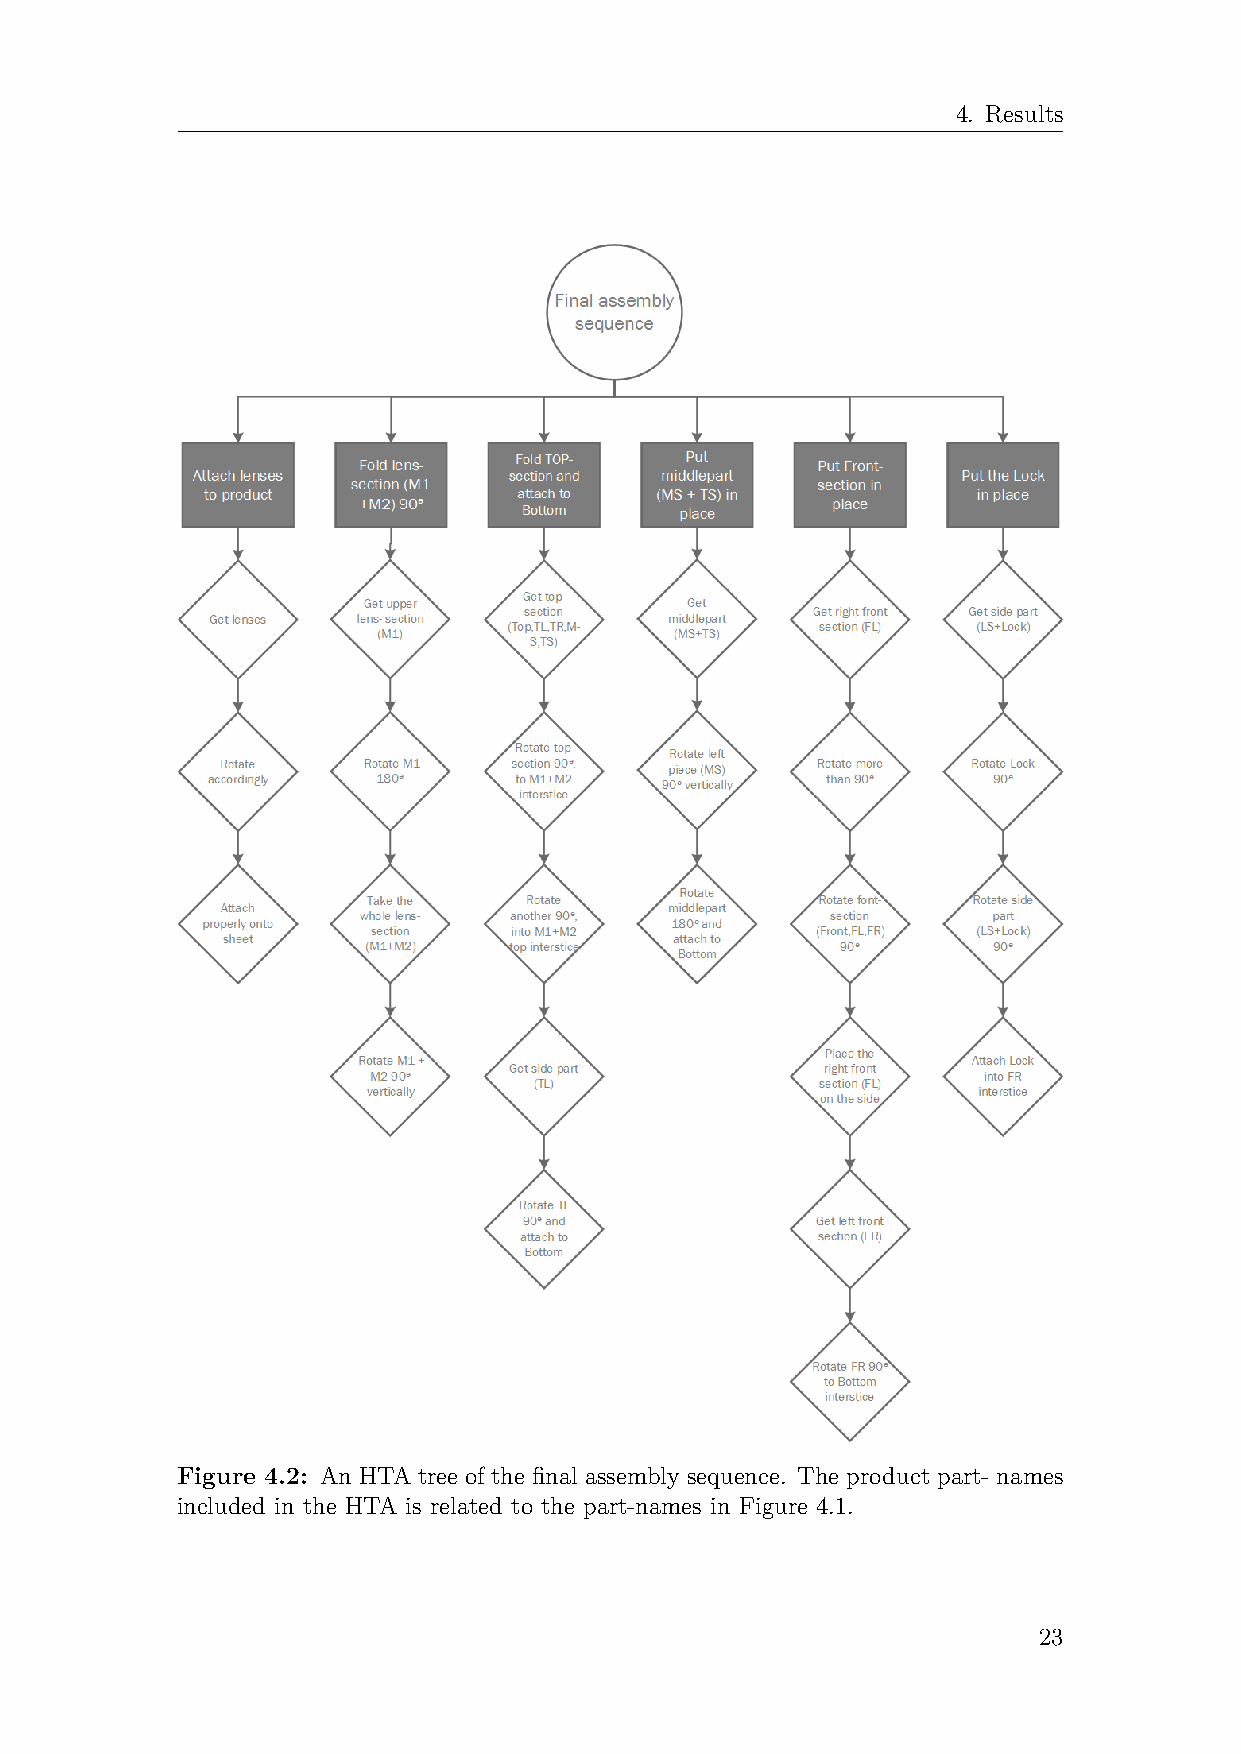
4. Results
 Figure 4.2: An HTA tree of the final assembly sequence. The product part- names
 included in the HTA is related to the part-names in Figure 4.1.
 23